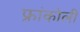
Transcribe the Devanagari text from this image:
फ्रांकोली